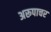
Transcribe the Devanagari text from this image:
अरूपाचर